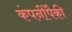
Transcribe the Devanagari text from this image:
कंपनींपैकी